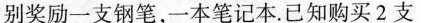
别奖励一支钢笔，一本笔记本。已知购买2支